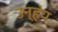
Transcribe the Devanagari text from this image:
उन्हंय